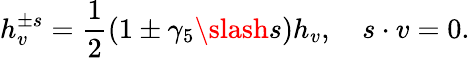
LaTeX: h_{v}^{\pm s}=\frac{1}{2}(1\pm\gamma_{5}\slash{s})h_{v},\quad s\cdot v=0.